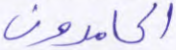
الحامدون